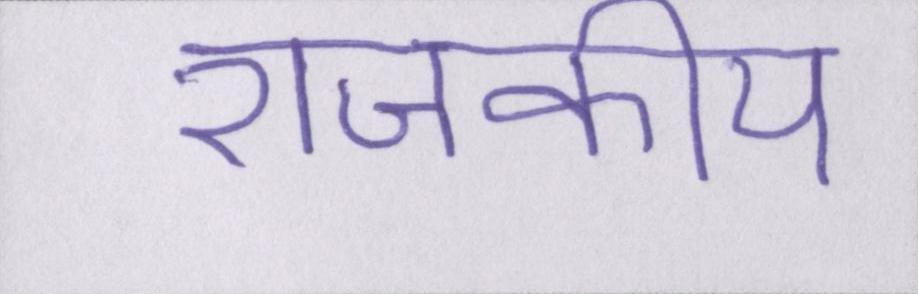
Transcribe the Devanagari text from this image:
राजकीय